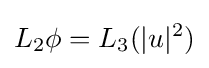
L_{2}\phi =L_{3}(|u|^{2})